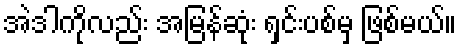
အဲဒါကိုလည်း အမြန်ဆုံး ရှင်းပစ်မှ ဖြစ်မယ်။